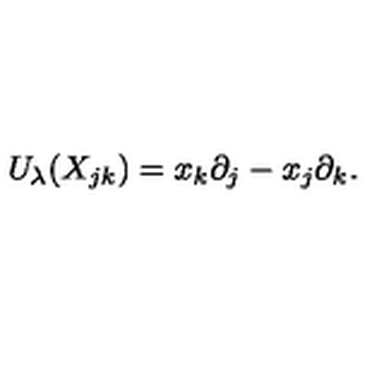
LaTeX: U _ { \lambda } ( X _ { j k } ) = x _ { k } \partial _ { j } - x _ { j } \partial _ { k } .